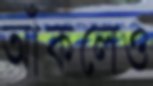
আঁকলেও